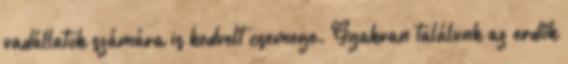
vadállatok számára is kedvelt csemege. Gyakran találunk az erdők